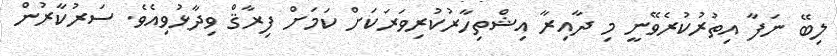
ލިބޭ ނަފާ އިތުރުކުރެވޭނީ މި ދާއިރާ އިޝްތިހާރުކުރިވަރަކަށް ކަމަށް ފިރާޤް ވިދާޅުވިއެވެ. ސަރުކާރުން